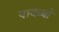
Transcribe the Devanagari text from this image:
पाकबो